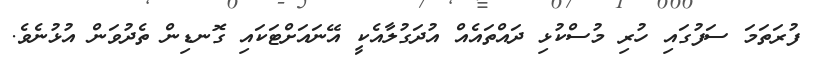
ފުރަތަމަ ސަފުގައި ހުރި މުސްކުޅި ދައްތައެއް އުދަގުލާއެކީ އޭނައަށްޓަކައި ގޮނޑިން ތެދުވަން އުޅުނެވެ.